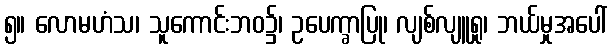
၅။ လောမဟံသ၊ သူကောင်းဘဝ၌၊ ဥပေက္ခာပြု၊ လျစ်လျူရှု၊ ဘယ်မှုအပေါ်